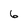
Character: 6